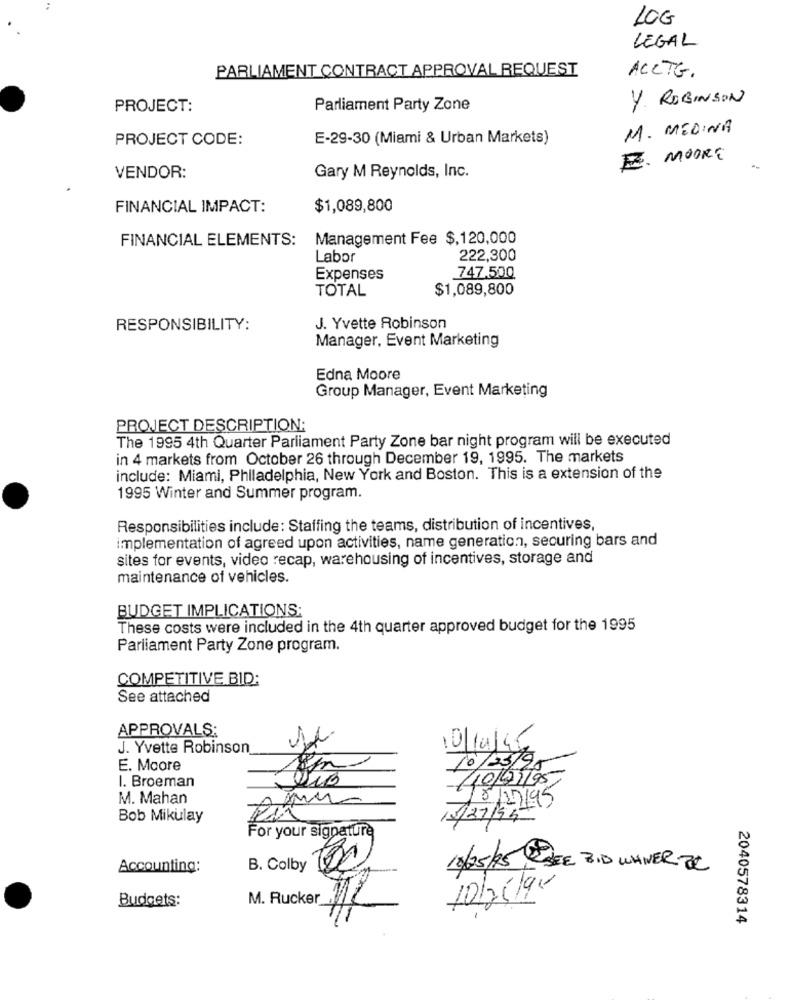
10G
LEGAL
PARLIAMENT CONTRACT APPROVAL REQUEST
ACCTG.
4. ROBINSON
PROJECT:
Parliament Party Zone
M. MEDINA
PROJECT CODE:
E-29-30 (Miami & Urban Markets)
E. MOORE
VENDOR:
Gary M Reynolds, Inc.
FINANCIAL IMPACT:
$1,089,800
FINANCIAL ELEMENTS:
Management Fee $,120,000
Labor
222,300
Expenses
747.500
TOTAL
$1,089,800
RESPONSIBILITY:
J. Yvette Robinson
Manager, Event Marketing
Edna Moore
Group Manager, Event Marketing
PROJECT DESCRIPTION:
The 1995 4th Quarter Parliament Party Zone bar night program will be executed
in 4 markets from October 26 through December 19, 1995. The markets
include: Miami, Philadelphia, New York and Boston. This is a extension of the
1995 Winter and Summer program.
Responsibilities include: Staffing the teams, distribution of incentives,
implementation of agreed upon activities, name generation, securing bars and
sites for events, video recap, warehousing of incentives, storage and
maintenance of vehicles.
BUDGET IMPLICATIONS:
These costs were included in the 4th quarter approved budget for the 1995
Parliament Party Zone program.
COMPETITIVE BID:
See attached
APPROVALS:
J. Yvette Robinson
10/10/06
10/25/9
E. Mcore
I. Broeman
40/07/95
M. Mahan
8/17/95
Bob Mikulay
/27/94
For your signature
Accounting:
B. Colby
10/05/25 SEE BID WANER BC
10/25/94
Budgets:
M. Rucker
2040578314